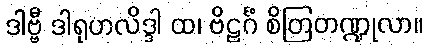
ဒါဗ္ဗီ ဒါရုဟလိဒ္ဒါ ထ၊ ဗိဠင်္ဂံ စိတြတဏ္ဍုလာ။